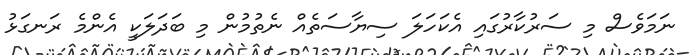
ނަމަވެސް މި ސަރުކާރުގައި އެކަހަލަ ސިޔާސަތެއް ނެތުމުން މި ބަދަލަކީ އެންމެ ރަނގަޅު